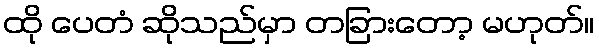
ထို ပေတံ ဆိုသည်မှာ တခြားတော့ မဟုတ်။